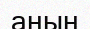
аның